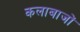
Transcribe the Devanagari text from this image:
कलाबाजों